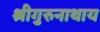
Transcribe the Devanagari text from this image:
श्रीगुरुनाथाय